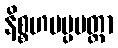
နိစ္စဟမပ္ပမတ္တာ